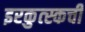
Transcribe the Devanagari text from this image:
इरकुत्स्कची